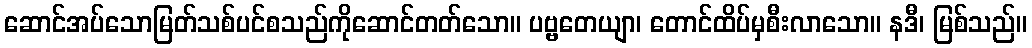
ဆောင်အပ်သောမြတ်သစ်ပင်စသည်ကိုဆောင်တတ်သော။ ပဗ္ဗတေယျာ၊ တောင်ထိပ်မှစီးလာသော။ နဒီ၊ မြစ်သည်။